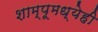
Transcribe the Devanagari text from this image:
शाम्पूमध्येही